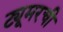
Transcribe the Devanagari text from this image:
ट्यूमरची